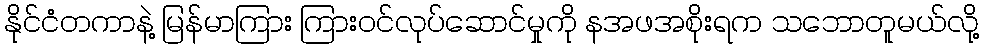
နိုင်ငံတကာနဲ့ မြန်မာကြား ကြားဝင်လုပ်ဆောင်မှုကို နအဖအစိုးရက သဘောတူမယ်လို့